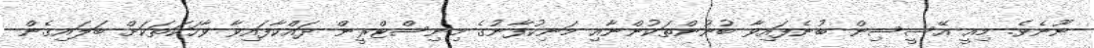
ނޫނެވެ. މިއީ އޭސީސިން ބުނެފައިވާ ބުނުންތަކުންނާއި މަނިކުފާނުގެ މިނިސްޓްރީން ދައްކާފައިވާ ވާހަކަތަކަށް ބަލައިގެން